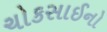
ચોકસાઈનો